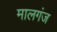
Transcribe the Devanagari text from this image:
मालगंज